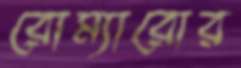
রোম্যারোর